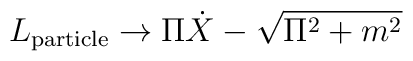
L_{\rm particle} \to \Pi \dot{X} - \sqrt{\Pi^2 + m^2}